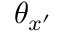
\theta _ { x ^ { \prime } }